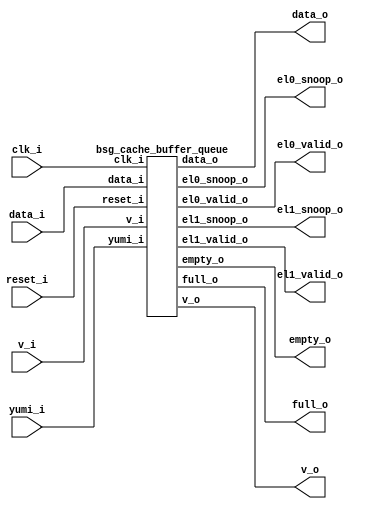


module top
(
  clk_i,
  reset_i,
  v_i,
  data_i,
  v_o,
  data_o,
  yumi_i,
  el0_valid_o,
  el1_valid_o,
  el0_snoop_o,
  el1_snoop_o,
  empty_o,
  full_o
);

  input [15:0] data_i;
  output [15:0] data_o;
  output [15:0] el0_snoop_o;
  output [15:0] el1_snoop_o;
  input clk_i;
  input reset_i;
  input v_i;
  input yumi_i;
  output v_o;
  output el0_valid_o;
  output el1_valid_o;
  output empty_o;
  output full_o;

  bsg_cache_buffer_queue
  wrapper
  (
    .data_i(data_i),
    .data_o(data_o),
    .el0_snoop_o(el0_snoop_o),
    .el1_snoop_o(el1_snoop_o),
    .clk_i(clk_i),
    .reset_i(reset_i),
    .v_i(v_i),
    .yumi_i(yumi_i),
    .v_o(v_o),
    .el0_valid_o(el0_valid_o),
    .el1_valid_o(el1_valid_o),
    .empty_o(empty_o),
    .full_o(full_o)
  );


endmodule



module bsg_cache_buffer_queue
(
  clk_i,
  reset_i,
  v_i,
  data_i,
  v_o,
  data_o,
  yumi_i,
  el0_valid_o,
  el1_valid_o,
  el0_snoop_o,
  el1_snoop_o,
  empty_o,
  full_o
);

  input [15:0] data_i;
  output [15:0] data_o;
  output [15:0] el0_snoop_o;
  output [15:0] el1_snoop_o;
  input clk_i;
  input reset_i;
  input v_i;
  input yumi_i;
  output v_o;
  output el0_valid_o;
  output el1_valid_o;
  output empty_o;
  output full_o;
  wire [15:0] data_o,el0_snoop_o,el1_snoop_o;
  wire v_o,el0_valid_o,el1_valid_o,empty_o,full_o,N0,N1,N2,N3,N4,N5,N6,N7,N8,N9,N10,
  N11,N12,N13,N14,N15,el0_enable,el1_enable,mux0_sel,mux1_sel,N16,N17,N18,N19,N20,
  N21,N22,N23,N24,N25,N26,N27,N28,N29,N30,N31,N32,N33,N34,N35,N36,N37,N38,N39,N40,
  N41,N42;
  wire [1:0] num_els_r;
  reg num_els_r_1_sv2v_reg,num_els_r_0_sv2v_reg,el0_snoop_o_15_sv2v_reg,
  el0_snoop_o_14_sv2v_reg,el0_snoop_o_13_sv2v_reg,el0_snoop_o_12_sv2v_reg,
  el0_snoop_o_11_sv2v_reg,el0_snoop_o_10_sv2v_reg,el0_snoop_o_9_sv2v_reg,el0_snoop_o_8_sv2v_reg,
  el0_snoop_o_7_sv2v_reg,el0_snoop_o_6_sv2v_reg,el0_snoop_o_5_sv2v_reg,
  el0_snoop_o_4_sv2v_reg,el0_snoop_o_3_sv2v_reg,el0_snoop_o_2_sv2v_reg,el0_snoop_o_1_sv2v_reg,
  el0_snoop_o_0_sv2v_reg,el1_snoop_o_15_sv2v_reg,el1_snoop_o_14_sv2v_reg,
  el1_snoop_o_13_sv2v_reg,el1_snoop_o_12_sv2v_reg,el1_snoop_o_11_sv2v_reg,el1_snoop_o_10_sv2v_reg,
  el1_snoop_o_9_sv2v_reg,el1_snoop_o_8_sv2v_reg,el1_snoop_o_7_sv2v_reg,
  el1_snoop_o_6_sv2v_reg,el1_snoop_o_5_sv2v_reg,el1_snoop_o_4_sv2v_reg,
  el1_snoop_o_3_sv2v_reg,el1_snoop_o_2_sv2v_reg,el1_snoop_o_1_sv2v_reg,el1_snoop_o_0_sv2v_reg;
  assign num_els_r[1] = num_els_r_1_sv2v_reg;
  assign num_els_r[0] = num_els_r_0_sv2v_reg;
  assign el0_snoop_o[15] = el0_snoop_o_15_sv2v_reg;
  assign el0_snoop_o[14] = el0_snoop_o_14_sv2v_reg;
  assign el0_snoop_o[13] = el0_snoop_o_13_sv2v_reg;
  assign el0_snoop_o[12] = el0_snoop_o_12_sv2v_reg;
  assign el0_snoop_o[11] = el0_snoop_o_11_sv2v_reg;
  assign el0_snoop_o[10] = el0_snoop_o_10_sv2v_reg;
  assign el0_snoop_o[9] = el0_snoop_o_9_sv2v_reg;
  assign el0_snoop_o[8] = el0_snoop_o_8_sv2v_reg;
  assign el0_snoop_o[7] = el0_snoop_o_7_sv2v_reg;
  assign el0_snoop_o[6] = el0_snoop_o_6_sv2v_reg;
  assign el0_snoop_o[5] = el0_snoop_o_5_sv2v_reg;
  assign el0_snoop_o[4] = el0_snoop_o_4_sv2v_reg;
  assign el0_snoop_o[3] = el0_snoop_o_3_sv2v_reg;
  assign el0_snoop_o[2] = el0_snoop_o_2_sv2v_reg;
  assign el0_snoop_o[1] = el0_snoop_o_1_sv2v_reg;
  assign el0_snoop_o[0] = el0_snoop_o_0_sv2v_reg;
  assign el1_snoop_o[15] = el1_snoop_o_15_sv2v_reg;
  assign el1_snoop_o[14] = el1_snoop_o_14_sv2v_reg;
  assign el1_snoop_o[13] = el1_snoop_o_13_sv2v_reg;
  assign el1_snoop_o[12] = el1_snoop_o_12_sv2v_reg;
  assign el1_snoop_o[11] = el1_snoop_o_11_sv2v_reg;
  assign el1_snoop_o[10] = el1_snoop_o_10_sv2v_reg;
  assign el1_snoop_o[9] = el1_snoop_o_9_sv2v_reg;
  assign el1_snoop_o[8] = el1_snoop_o_8_sv2v_reg;
  assign el1_snoop_o[7] = el1_snoop_o_7_sv2v_reg;
  assign el1_snoop_o[6] = el1_snoop_o_6_sv2v_reg;
  assign el1_snoop_o[5] = el1_snoop_o_5_sv2v_reg;
  assign el1_snoop_o[4] = el1_snoop_o_4_sv2v_reg;
  assign el1_snoop_o[3] = el1_snoop_o_3_sv2v_reg;
  assign el1_snoop_o[2] = el1_snoop_o_2_sv2v_reg;
  assign el1_snoop_o[1] = el1_snoop_o_1_sv2v_reg;
  assign el1_snoop_o[0] = el1_snoop_o_0_sv2v_reg;
  assign N10 = N8 & N9;
  assign N11 = num_els_r[1] | N9;
  assign N13 = N8 | num_els_r[0];
  assign N15 = num_els_r[1] & num_els_r[0];
  assign { N20, N19 } = num_els_r + v_i;
  assign { N23, N22 } = { N20, N19 } - N21;
  assign v_o = (N0)? v_i : 
               (N1)? 1'b1 : 
               (N2)? 1'b1 : 
               (N3)? 1'b0 : 1'b0;
  assign N0 = N10;
  assign N1 = N12;
  assign N2 = N14;
  assign N3 = N15;
  assign empty_o = (N0)? 1'b1 : 
                   (N1)? 1'b0 : 
                   (N2)? 1'b0 : 
                   (N3)? 1'b0 : 1'b0;
  assign full_o = (N0)? 1'b0 : 
                  (N1)? 1'b0 : 
                  (N2)? 1'b1 : 
                  (N3)? 1'b0 : 1'b0;
  assign el0_valid_o = (N0)? 1'b0 : 
                       (N1)? 1'b0 : 
                       (N2)? 1'b1 : 
                       (N3)? 1'b0 : 1'b0;
  assign el1_valid_o = (N0)? 1'b0 : 
                       (N1)? 1'b1 : 
                       (N2)? 1'b1 : 
                       (N3)? 1'b0 : 1'b0;
  assign el0_enable = (N0)? 1'b0 : 
                      (N1)? N16 : 
                      (N2)? N17 : 
                      (N3)? 1'b0 : 1'b0;
  assign el1_enable = (N0)? N16 : 
                      (N1)? N17 : 
                      (N2)? yumi_i : 
                      (N3)? 1'b0 : 1'b0;
  assign mux0_sel = (N0)? 1'b0 : 
                    (N1)? 1'b0 : 
                    (N2)? 1'b1 : 
                    (N3)? 1'b0 : 1'b0;
  assign mux1_sel = (N0)? 1'b0 : 
                    (N1)? 1'b1 : 
                    (N2)? 1'b1 : 
                    (N3)? 1'b0 : 1'b0;
  assign { N40, N39, N38, N37, N36, N35, N34, N33, N32, N31, N30, N29, N28, N27, N26, N25 } = (N4)? el0_snoop_o : 
                                                                                              (N5)? data_i : 1'b0;
  assign N4 = mux0_sel;
  assign N5 = N24;
  assign data_o = (N6)? el1_snoop_o : 
                  (N7)? data_i : 1'b0;
  assign N6 = mux1_sel;
  assign N7 = N41;
  assign N8 = ~num_els_r[1];
  assign N9 = ~num_els_r[0];
  assign N12 = ~N11;
  assign N14 = ~N13;
  assign N16 = v_i & N42;
  assign N42 = ~yumi_i;
  assign N17 = v_i & yumi_i;
  assign N18 = ~reset_i;
  assign N21 = v_o & yumi_i;
  assign N24 = ~mux0_sel;
  assign N41 = ~mux1_sel;

  always @(posedge clk_i) begin
    if(reset_i) begin
      num_els_r_1_sv2v_reg <= 1'b0;
      num_els_r_0_sv2v_reg <= 1'b0;
    end else if(1'b1) begin
      num_els_r_1_sv2v_reg <= N23;
      num_els_r_0_sv2v_reg <= N22;
    end 
    if(el0_enable) begin
      el0_snoop_o_15_sv2v_reg <= data_i[15];
      el0_snoop_o_14_sv2v_reg <= data_i[14];
      el0_snoop_o_13_sv2v_reg <= data_i[13];
      el0_snoop_o_12_sv2v_reg <= data_i[12];
      el0_snoop_o_11_sv2v_reg <= data_i[11];
      el0_snoop_o_10_sv2v_reg <= data_i[10];
      el0_snoop_o_9_sv2v_reg <= data_i[9];
      el0_snoop_o_8_sv2v_reg <= data_i[8];
      el0_snoop_o_7_sv2v_reg <= data_i[7];
      el0_snoop_o_6_sv2v_reg <= data_i[6];
      el0_snoop_o_5_sv2v_reg <= data_i[5];
      el0_snoop_o_4_sv2v_reg <= data_i[4];
      el0_snoop_o_3_sv2v_reg <= data_i[3];
      el0_snoop_o_2_sv2v_reg <= data_i[2];
      el0_snoop_o_1_sv2v_reg <= data_i[1];
      el0_snoop_o_0_sv2v_reg <= data_i[0];
    end 
    if(el1_enable) begin
      el1_snoop_o_15_sv2v_reg <= N40;
      el1_snoop_o_14_sv2v_reg <= N39;
      el1_snoop_o_13_sv2v_reg <= N38;
      el1_snoop_o_12_sv2v_reg <= N37;
      el1_snoop_o_11_sv2v_reg <= N36;
      el1_snoop_o_10_sv2v_reg <= N35;
      el1_snoop_o_9_sv2v_reg <= N34;
      el1_snoop_o_8_sv2v_reg <= N33;
      el1_snoop_o_7_sv2v_reg <= N32;
      el1_snoop_o_6_sv2v_reg <= N31;
      el1_snoop_o_5_sv2v_reg <= N30;
      el1_snoop_o_4_sv2v_reg <= N29;
      el1_snoop_o_3_sv2v_reg <= N28;
      el1_snoop_o_2_sv2v_reg <= N27;
      el1_snoop_o_1_sv2v_reg <= N26;
      el1_snoop_o_0_sv2v_reg <= N25;
    end 
  end


endmodule